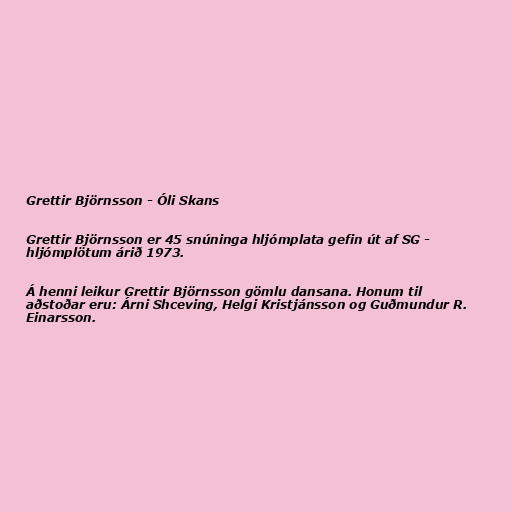
Grettir Björnsson - Óli Skans

Grettir Björnsson er 45 snúninga hljómplata gefin út af SG -
hljómplötum árið 1973.

Á henni leikur Grettir Björnsson gömlu dansana. Honum til
aðstoðar eru: Árni Shceving, Helgi Kristjánsson og Guðmundur R.
Einarsson.